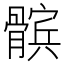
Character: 髌